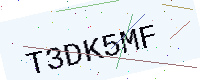
Text: T3DK5MF